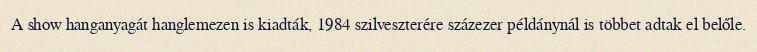
A show hanganyagát hanglemezen is kiadták, 1984 szilveszterére százezer példánynál is többet adtak el belőle.